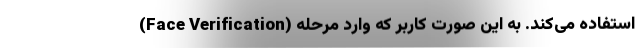
(Face Verification) استفاده می‌کند. به این صورت کاربر که وارد مرحله